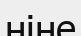
ніне